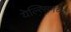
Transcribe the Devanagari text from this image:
येल्त्सिनच्या